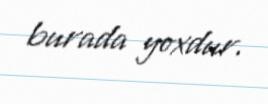
burada yoxdur.